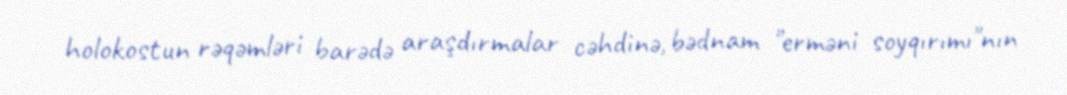
holokostun rəqəmləri barədə araşdırmalar cəhdinə, bədnam "erməni soyqırımı"nın